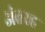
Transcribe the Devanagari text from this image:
अंतरह